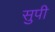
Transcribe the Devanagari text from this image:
सुपी